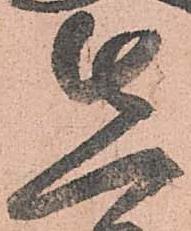
先